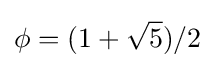
\phi =(1+{\sqrt {5}})/2